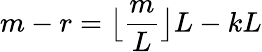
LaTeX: m-r={\bigl\lfloor}{\frac{m}{L}}{\bigr\rfloor}L-kL